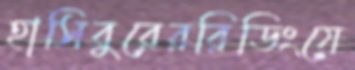
হাসিবুরেররিডিংয়ে